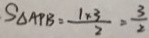
S _ { \Delta A P B } = \frac { 1 \times 3 } { 2 } = \frac { 3 } { 2 }